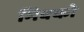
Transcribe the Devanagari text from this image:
मिक्को